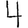
Digit: 4